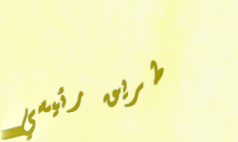
طريق رئيسي